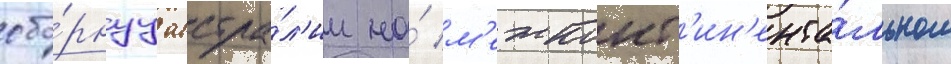
сбо́рнуу австра́л'ии на́ м'ежконт'ин'ента́льном